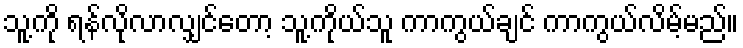
သူ့ကို ရန်လိုလာလျှင်တော့ သူ့ကိုယ်သူ ကာကွယ်ချင် ကာကွယ်လိမ့်မည်။